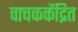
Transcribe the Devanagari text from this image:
वाचककेंद्रित